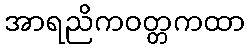
အာရညိကဝတ္တကထာ